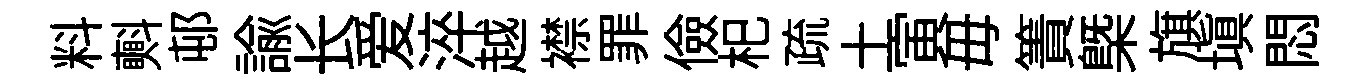
料㪺邨諭长爱淬越襟罪儉𣏌疏土寅毋簀㮣旗填悶